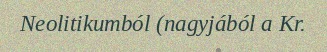
Neolitikumból (nagyjából a Kr.